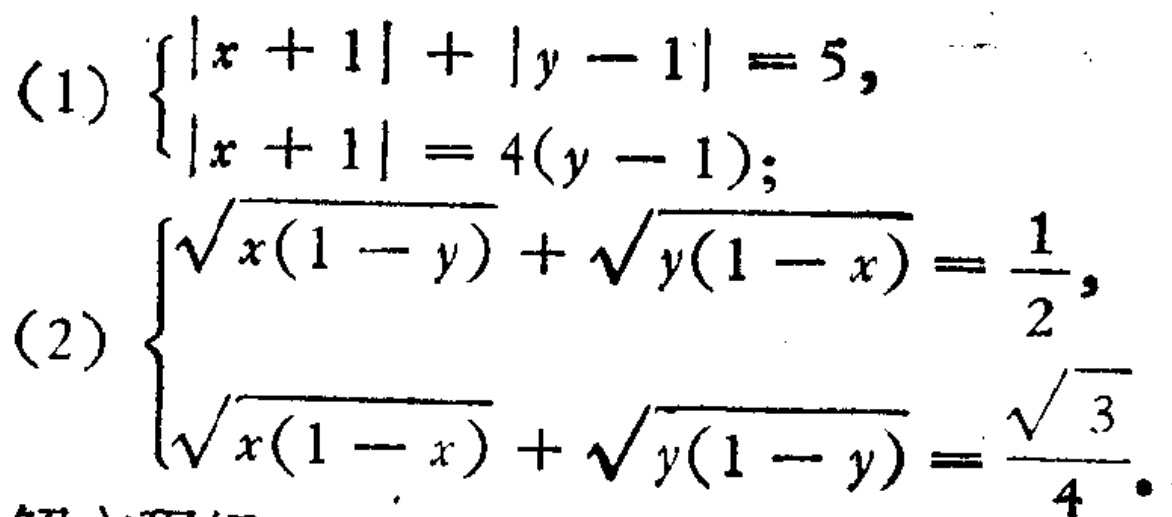
(1) $\begin{cases}
|x + 1|+|y - 1| = 5,\\
|x + 1| = 4(y - 1);
\end{cases}$
(2) $\begin{cases}
\sqrt{x(1 - y)}+\sqrt{y(1 - x)}=\frac{1}{2},\\
\sqrt{x(1 - x)}+\sqrt{y(1 - y)}=\frac{\sqrt{3}}{4}.
\end{cases}$